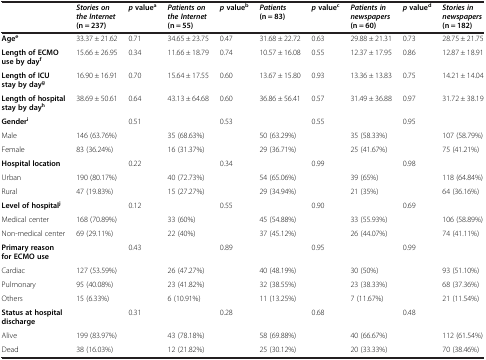
<table><thead><tr><td><b> </b></td><td><b><i>Stories on the Internet </i>(n = 237)</b></td><td><b><i>p</i>value<sup>a</sup></b></td><td><b><i>Patients on the Internet </i>(n = 55)</b></td><td><b><i>p</i>value<sup>b</sup></b></td><td><b><i>Patients </i>(n = 83)</b></td><td><b><i>p</i>value<sup>c</sup></b></td><td><b><i>Patients in newspapers </i>(n = 60)</b></td><td><b><i>p</i>value<sup>d</sup></b></td><td><b><i>Stories in newspapers </i>(n = 182)</b></td></tr></thead><tbody><tr><td><b>Age</b><sup><b>e</b></sup></td><td>33.37 ± 21.62</td><td>0.71</td><td>34.65 ± 23.75</td><td>0.47</td><td>31.68 ± 22.72</td><td>0.63</td><td>29.88 ± 21.31</td><td>0.73</td><td>28.75 ± 21.75</td></tr><tr><td><b>Length of ECMO use by day</b><sup><b>f</b></sup></td><td>15.66 ± 26.95</td><td>0.34</td><td>11.66 ± 18.79</td><td>0.74</td><td>10.57 ± 16.08</td><td>0.55</td><td>12.37 ± 17.95</td><td>0.86</td><td>12.87 ± 18.91</td></tr><tr><td><b>Length of ICU stay by day</b><sup><b>g</b></sup></td><td>16.90 ± 16.91</td><td>0.70</td><td>15.64 ± 17.55</td><td>0.60</td><td>13.67 ± 15.80</td><td>0.93</td><td>13.36 ± 13.83</td><td>0.75</td><td>14.21 ± 14.04</td></tr><tr><td><b>Length of hospital stay by day</b><sup><b>h</b></sup></td><td>38.69 ± 50.61</td><td>0.64</td><td>43.13 ± 64.68</td><td>0.60</td><td>36.86 ± 56.41</td><td>0.57</td><td>31.49 ± 36.88</td><td>0.97</td><td>31.72 ± 38.19</td></tr><tr><td><b>Gender</b><sup><b>i</b></sup></td><td> </td><td>0.51</td><td> </td><td>0.53</td><td> </td><td>0.55</td><td> </td><td>0.95</td><td> </td></tr><tr><td>Male</td><td>146 (63.76%)</td><td> </td><td>35 (68.63%)</td><td> </td><td>50 (63.29%)</td><td> </td><td>35 (58.33%)</td><td> </td><td>107 (58.79%)</td></tr><tr><td>Female</td><td>83 (36.24%)</td><td> </td><td>16 (31.37%)</td><td> </td><td>29 (36.71%)</td><td> </td><td>25 (41.67%)</td><td> </td><td>75 (41.21%)</td></tr><tr><td><b>Hospital location</b></td><td> </td><td>0.22</td><td> </td><td>0.34</td><td> </td><td>0.99</td><td> </td><td>0.98</td><td> </td></tr><tr><td>Urban</td><td>190 (80.17%)</td><td> </td><td>40 (72.73%)</td><td> </td><td>54 (65.06%)</td><td> </td><td>39 (65%)</td><td> </td><td>118 (64.84%)</td></tr><tr><td>Rural</td><td>47 (19.83%)</td><td> </td><td>15 (27.27%)</td><td> </td><td>29 (34.94%)</td><td> </td><td>21 (35%)</td><td> </td><td>64 (36.16%)</td></tr><tr><td><b>Level of hospital</b><sup><b>j</b></sup></td><td> </td><td>0.12</td><td> </td><td>0.55</td><td> </td><td>0.90</td><td> </td><td>0.69</td><td> </td></tr><tr><td>Medical center</td><td>168 (70.89%)</td><td> </td><td>33 (60%)</td><td> </td><td>45 (54.88%)</td><td> </td><td>33 (55.93%)</td><td> </td><td>106 (58.89%)</td></tr><tr><td>Non-medical center</td><td>69 (29.11%)</td><td> </td><td>22 (40%)</td><td> </td><td>37 (45.12%)</td><td> </td><td>26 (44.07%)</td><td> </td><td>74 (41.11%)</td></tr><tr><td><b>Primary reason for ECMO use</b></td><td> </td><td>0.43</td><td> </td><td>0.89</td><td> </td><td>0.95</td><td> </td><td>0.99</td><td> </td></tr><tr><td>Cardiac</td><td>127 (53.59%)</td><td> </td><td>26 (47.27%)</td><td> </td><td>40 (48.19%)</td><td> </td><td>30 (50%)</td><td> </td><td>93 (51.10%)</td></tr><tr><td>Pulmonary</td><td>95 (40.08%)</td><td> </td><td>23 (41.82%)</td><td> </td><td>32 (38.55%)</td><td> </td><td>23 (38.33%)</td><td> </td><td>68 (37.36%)</td></tr><tr><td>Others</td><td>15 (6.33%)</td><td> </td><td>6 (10.91%)</td><td> </td><td>11 (13.25%)</td><td> </td><td>7 (11.67%)</td><td> </td><td>21 (11.54%)</td></tr><tr><td><b>Status at hospital discharge</b></td><td> </td><td>0.31</td><td> </td><td>0.28</td><td> </td><td>0.68</td><td> </td><td>0.48</td><td> </td></tr><tr><td>Alive</td><td>199 (83.97%)</td><td> </td><td>43 (78.18%)</td><td> </td><td>58 (69.88%)</td><td> </td><td>40 (66.67%)</td><td> </td><td>112 (61.54%)</td></tr><tr><td>Dead</td><td>38 (16.03%)</td><td> </td><td>12 (21.82%)</td><td> </td><td>25 (30.12%)</td><td> </td><td>20 (33.33%)</td><td> </td><td>70 (38.46%)</td></tr></tbody></table>